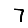
Digit: 7